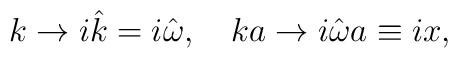
k\rightarrow i \hat k = i \hat\omega,~~~ka \rightarrow i \hat\omega a \equiv ix,